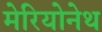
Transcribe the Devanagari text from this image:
मेरियोनेथ